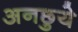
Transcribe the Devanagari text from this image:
अनछुये